Madras plague regulations in force outside the Presidency town - Volume 2
Disease focus: Plague
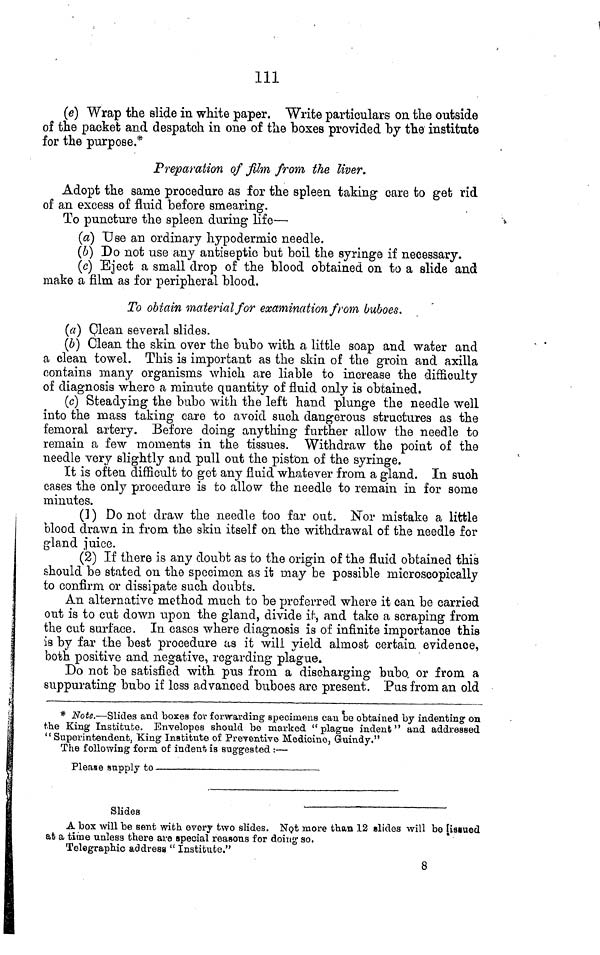
111
(e) Wrap the slide in white paper. Write particulars on the outside
of the packet and despatch in one of the boxes provided by the institute
for the purpose.*
Preparation of film from the liver.
Adopt the same procedure as for the spleen taking care to get rid
of an excess of fluid before smearing.
To puncture the spleen during life—
(a) Use an ordinary hypodermic needle.
(b) Do not use any antiseptic but boil the syringe if necessary.
(c) Eject a small drop of the blood obtained on to a slide and
make a film as for peripheral blood.
To obtain material for examination from buboes.
(a) Clean several slides.
(b) Clean the skin over the bubo with a little soap and water and
a clean towel. This is important as the skin of the groin and axilla
contains many organisms which are liable to increase the difficulty
of diagnosis where a minute quantity of fluid only is obtained.
(c) Steadying the bubo with the left hand plunge the needle well
into the mass taking care to avoid such dangerous structures as the
femoral artery. Before doing anything further allow the needle to
remain a few moments in the tissues. Withdraw the point of the
needle very slightly and pull out the piston of the syringe.
It is often difficult to got any fluid whatever from a gland. In such
cases the only procedure is to allow the needle to remain in for some
minutes.
(] ) Do not draw the needle too far out. Nor mistake a little
blood drawn in from the skin itself on the withdrawal of the needle for
gland juice.
(2) If there is any doubt as to the origin of the fluid obtained this
should be stated on the specimen as it may be possible microscopically
to confirm or dissipate such doubts.
An alternative method much to be preferred where it can be carried
out is to cut down upon the gland, divide if, and take a scraping from
the cut surface. In cases where diagnosis is of infinite importance this
is by far the best procedure as it will yield almost certain evidence,
both positive and negative, regarding plague.
Do not be satisfied with pus from a discharging bubo, or from a
suppurating bubo if less advanced buboes are present. Pus from an old
* Note.—Slides and boxes for forwarding specimens can be obtained by indenting on
the King Institute. Envelopes should be marked "plague indent" and addressed
" Superintendent, King Institute of Preventive Medicine, Guindy."
The following form of indent is suggested :—
Please supply to
Slides
A box will be sent with every two slides. Not more than 12 slides will be [issued
at a time unless there are special reasons for doing so.
Telegraphic address " Institute."
8